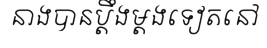
នាងបានប្តឹងម្តងទៀតនៅ